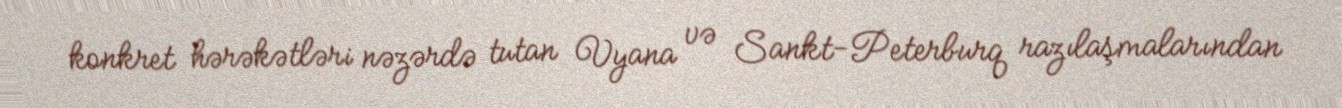
konkret hərəkətləri nəzərdə tutan Vyana və Sankt-Peterburq razılaşmalarından